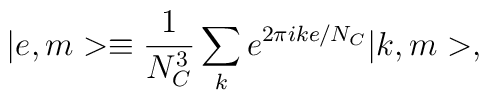
|e,m> \equiv \frac {1}{N_C^3} \sum_{k} e^{2 \pi i k e/N_C} |k,m>,